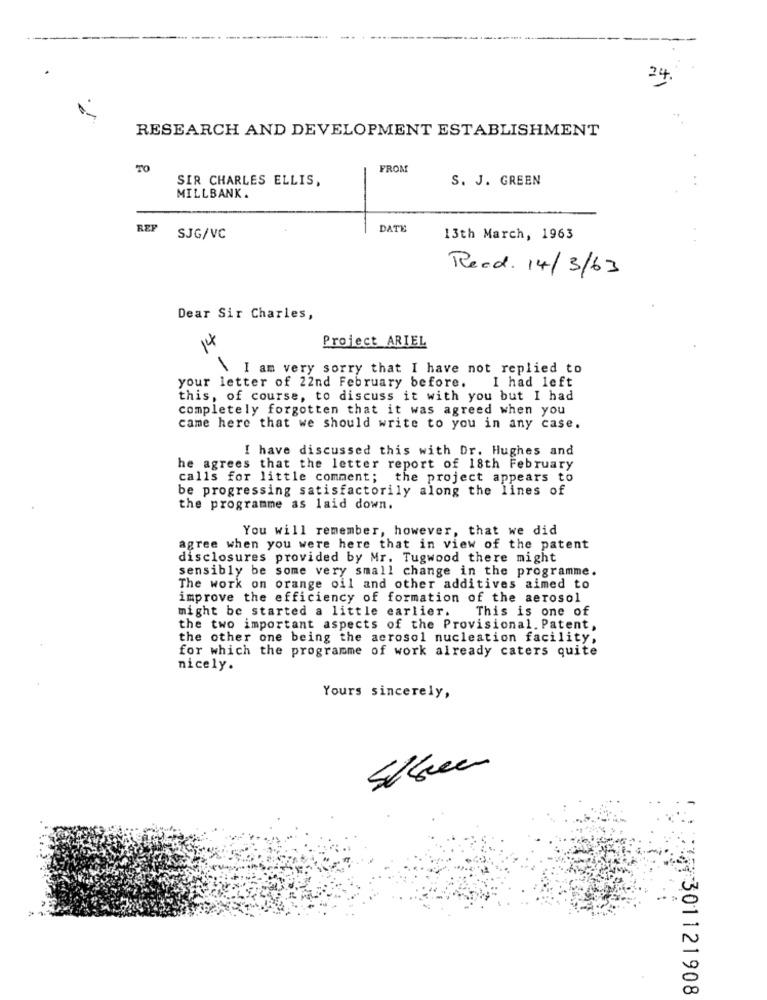
24
RESEARCH AND DEVELOPMENT ESTABLISHMENT
TO
FROM
SIR CHARLES ELLIS,
S. J. GREEN
MILLBANK.
REP
DATE
SJG/VC
13th March, 1963
Read. 14/3/63
Dear Sir Charles,
Project ARIEL
I am very sorry that I have not replied to
I had left
your letter of 22nd February before.
this, of course, to discuss it with you but I had
completely forgotten that it was agreed when you
came here that we should write to you in any case.
I have discussed this with Dr. Hughes and
he agrees that the letter report of 18th February
calls for little comment; the project appears to
be progressing satisfactorily along the lines of
the programme as laid down.
You will remember, however, that we did
agree when you were here that in view of the patent
disclosures provided by Mr. Tugwood there might
sensibly be some very small change in the programme.
The work on orange oil and other additives aimed to
improve the efficiency of formation of the aerosol
might be started a little earlier.
This is one of
the two important aspects of the Provisional. Patent,
the other one being the aerosol nucleation facility,
for which the programme of work already caters quite
nicely.
Yours sincerely,
:301121908